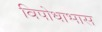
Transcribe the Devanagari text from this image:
विपोधाभास